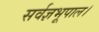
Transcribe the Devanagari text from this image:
सर्वज्ञभूपाल।